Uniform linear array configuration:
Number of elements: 24
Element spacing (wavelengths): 0.25
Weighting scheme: binomial
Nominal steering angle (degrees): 60
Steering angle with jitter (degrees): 58.552
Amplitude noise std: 0.05
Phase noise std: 0.05

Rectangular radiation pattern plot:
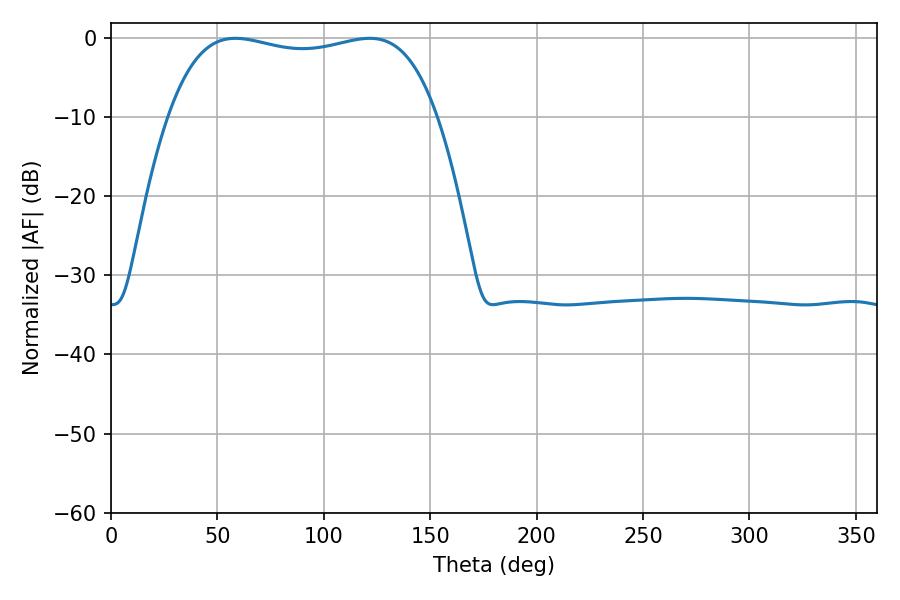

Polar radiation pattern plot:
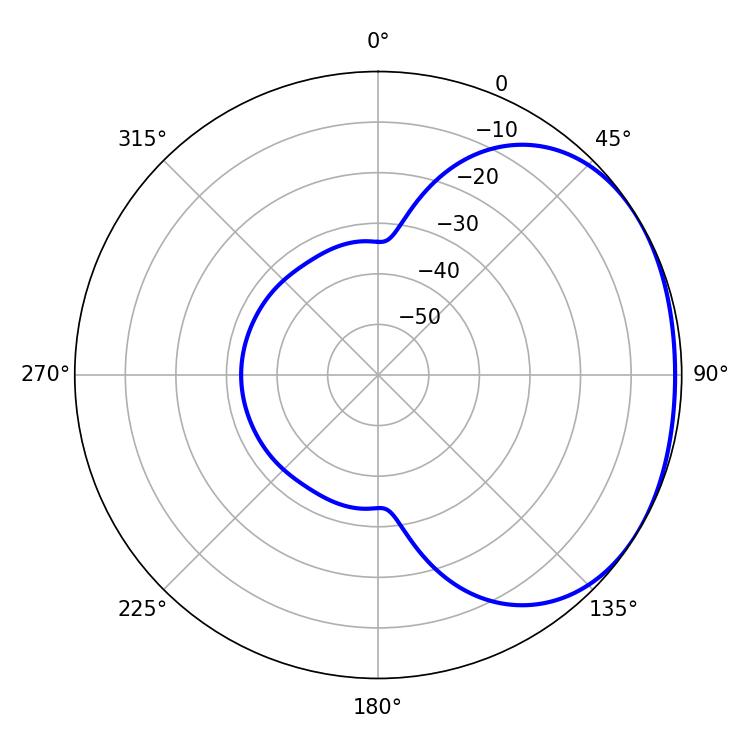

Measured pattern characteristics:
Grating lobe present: FALSE
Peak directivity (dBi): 1.576
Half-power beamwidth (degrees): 101.88
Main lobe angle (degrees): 58.5